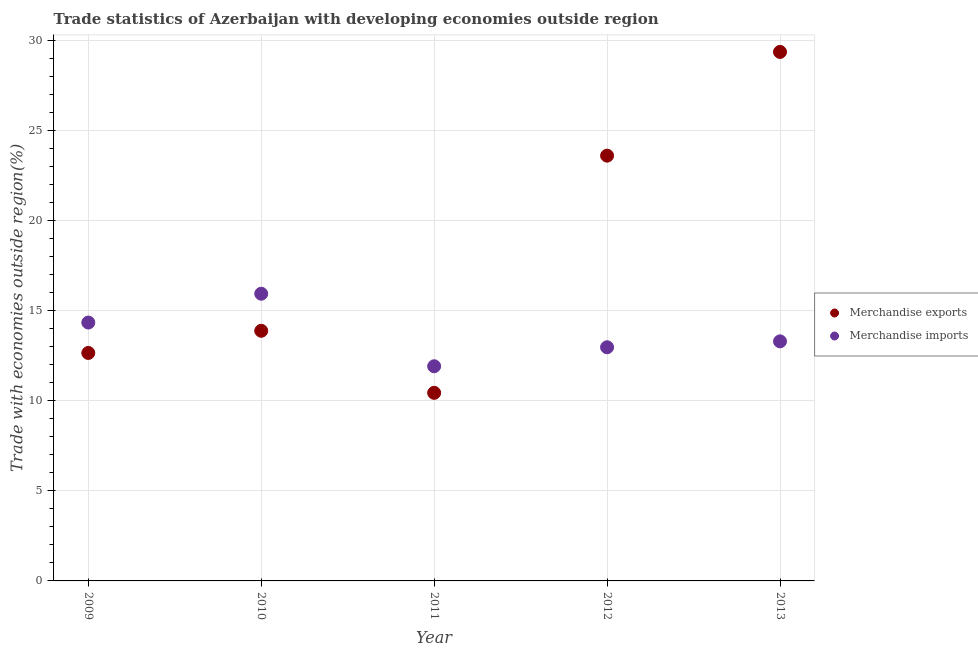
| Year | Merchandise exports | Merchandise imports |
 | --- | --- | --- |
 | 2009 | 12.6 | 14.3 |
 | 2010 | 13.9 | 15.9 |
 | 2011 | 10.4 | 11.9 |
 | 2012 | 23.6 | 13 |
 | 2013 | 29.4 | 13.3 |